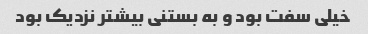
خیلی سفت بود و به بستنی بیشتر نزدیک بود